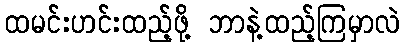
ထမင်းဟင်းထည့်ဖို့ ဘာနဲ့ထည့်ကြမှာလဲ